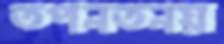
তপনতনয়